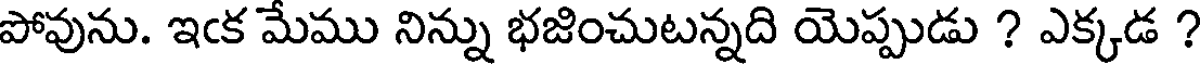
పోవును. ఇఁక మేము నిన్ను భజించుటన్నది యెప్పుడు ? ఎక్కడ ?